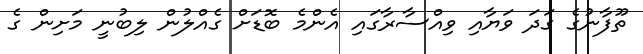
ތޫފާނުގެ ގަދަ ވަޔާއި ވިއްސާރާގައި އެންމެ ބޮޑަށް ގެއްލުން ލިބުނީ މަށިން ގެ